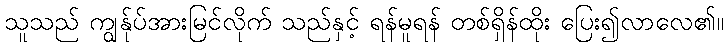
သူသည် ကျွန်ုပ်အားမြင်လိုက် သည်နှင့် ရန်မူရန် တစ်ရှိန်ထိုး ပြေး၍လာလေ၏။